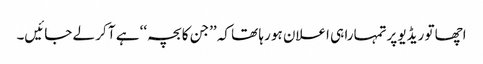
اچھا تو ریڈیو پرتمہارا ہی اعلان ہو رہا تھا کہ ’’جن کا بچہ‘‘ ہے آ کر لے جائیں۔